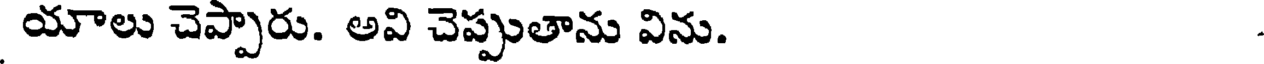
యాలు చెప్పారు. అవి చెప్పుతాను విను.